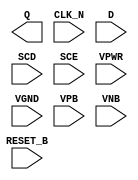
module sky130_fd_sc_lp__sdfrtn (
    Q      ,
    CLK_N  ,
    D      ,
    SCD    ,
    SCE    ,
    RESET_B,
    VPWR   ,
    VGND   ,
    VPB    ,
    VNB
);

    output Q      ;
    input  CLK_N  ;
    input  D      ;
    input  SCD    ;
    input  SCE    ;
    input  RESET_B;
    input  VPWR   ;
    input  VGND   ;
    input  VPB    ;
    input  VNB    ;
endmodule